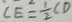
C E = \frac { 1 } { 2 } C D